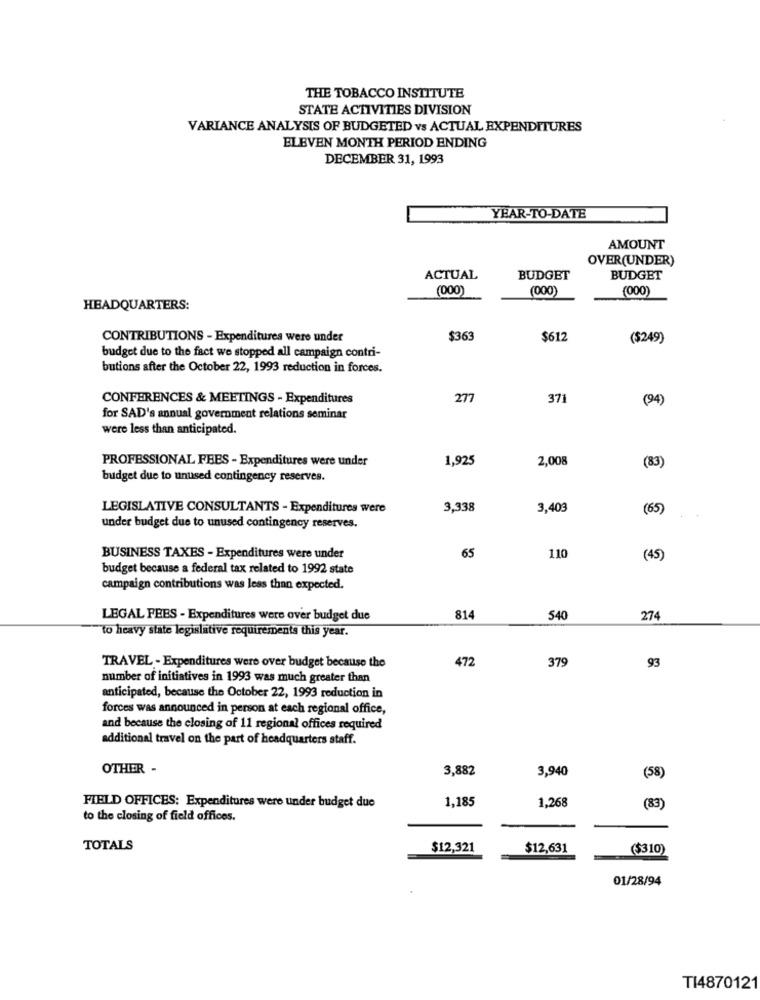
THE TOBACCO INSTITUTE
STATE ACTIVITIES DIVISION
VARIANCE ANALYSIS OF BUDGETED vs ACTUAL EXPENDITURES
ELEVEN MONTH PERIOD ENDING
DECEMBER 31, 1993
YEAR-TO-DATE
AMOUNT
OVER(UNDER)
ACTUAL
BUDGET
BUDGET
(000)
(000)
(000)
HEADQUARTERS:
CONTRIBUTIONS - Expenditures were under
$363
$612
($249)
budget due to the fact we stopped all campaign contri-
butions after the October 22, 1993 reduction in forces.
CONFERENCES & MEETINGS - Expenditures
277
371
(94)
for SAD's annual government relations seminar
were less than anticipated.
PROFESSIONAL FEES - Expenditures were under
1,925
2,008
(83)
budget due to unused contingency reserves.
LEGISLATIVE CONSULTANTS - Expenditures were
3,338
3,403
(65)
under budget due to unused contingency reserves.
BUSINESS TAXES - Expenditures were under
65
110
(45)
budget because a federal tax related to 1992 state
campaign contributions was less than expected.
LEGAL FEES - Expenditures were over budget due
814
540
274
to heavy state legislative requirements this year.
472
379
93
TRAVEL - Expenditures were over budget because the
number of initiatives in 1993 was much greater than
anticipated, because the October 22, 1993 reduction in
forces was announced in person at each regional office,
and because the closing of 11 regional offices required
additional travel on the part of headquarters staff.
OTHER -
3,882
3,940
(58)
1,185
FIELD OFFICES: Expenditures were under budget due
1,268
(83)
to the closing of field offices.
TOTALS
$12,321
$12,631
($310)
01/28/94
TI4870121